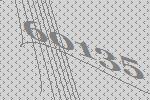
60135